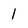
Character: I